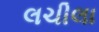
લચીલા